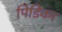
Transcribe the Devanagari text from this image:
पिडिका